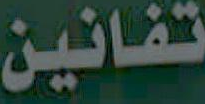
تفانين